Lunatic asylums Punjab 1911-1921 - 1911-1921
Year: 1911
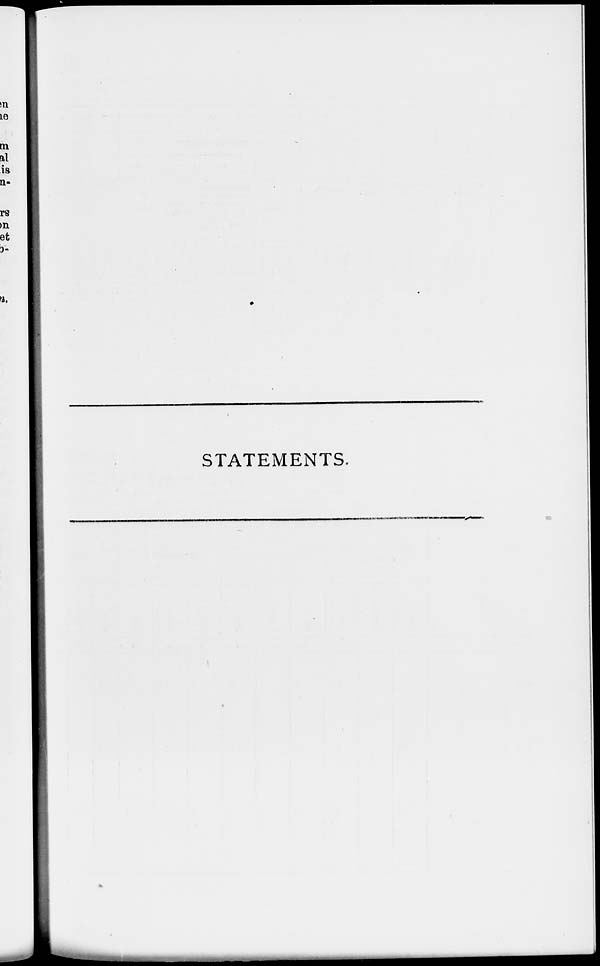
STATEMENTS.